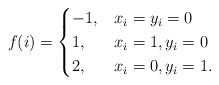
LaTeX: \begin{align*}f(i)=\begin{cases}-1,&x_i=y_i=0\\1, &x_i=1, y_i=0\\2, &x_i=0, y_i=1.\end{cases}\end{align*}